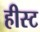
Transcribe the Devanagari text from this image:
हीस्ट